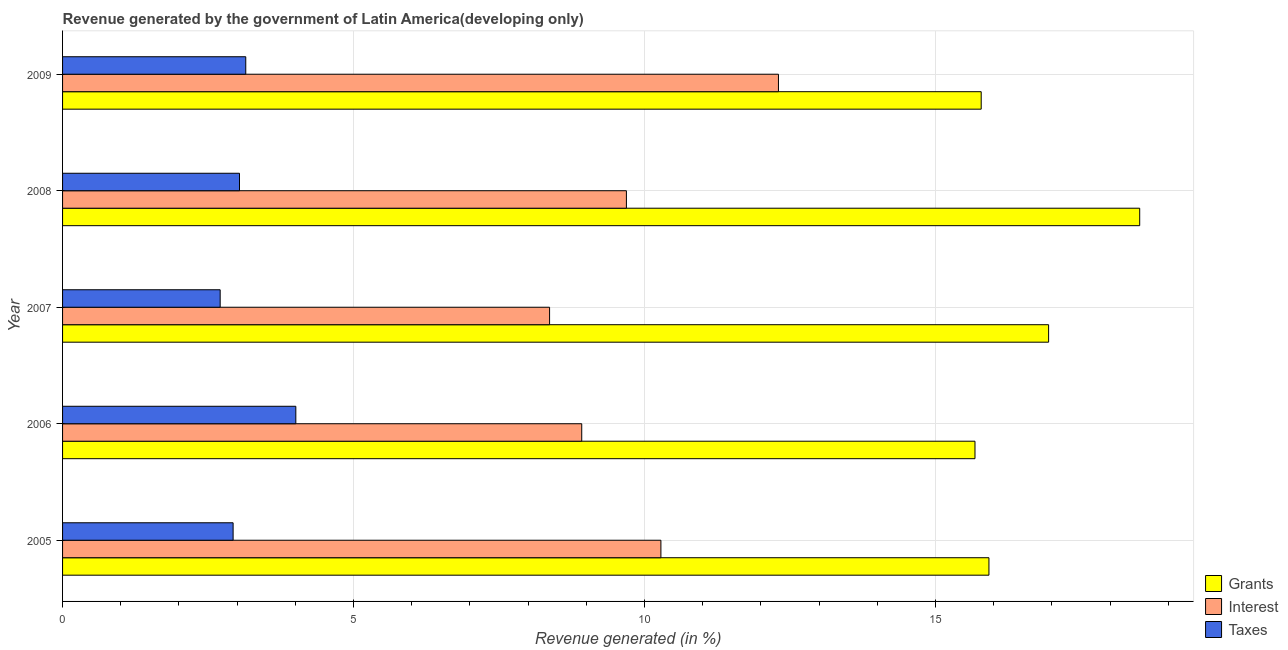
| Year | Grants | Interest | Taxes |
 | --- | --- | --- | --- |
 | 2005 | 15.9 | 10.3 | 2.93 |
 | 2006 | 15.7 | 8.92 | 4.01 |
 | 2007 | 16.9 | 8.37 | 2.71 |
 | 2008 | 18.5 | 9.69 | 3.04 |
 | 2009 | 15.8 | 12.3 | 3.15 |